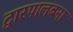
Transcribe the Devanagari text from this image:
द्वारपालबना